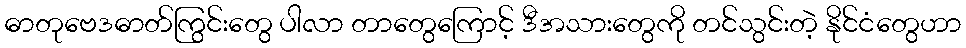
ဓာတုဗေဒဓာတ်ကြွင်းတွေ ပါလာ တာတွေကြောင့် ဒီအသားတွေကို တင်သွင်းတဲ့ နိုင်ငံတွေဟာ